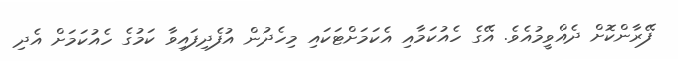
ފޭރާންކޮށް ދެއްވީމުއެވެ. އޭގެ ހެއުކަމާއި އެކަމަށްޓަކައި މިހެދުން އުފެދިފައިވާ ކަމުގެ ހެއުކަމަށް އެދި